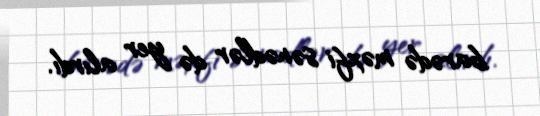
barədə məxfi sənədlər də yer alırdı.